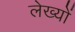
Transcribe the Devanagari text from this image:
लेख्यों